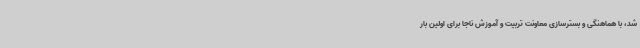
شد، با هماهنگی و بسترسازی معاونت تربیت و آموزش ناجا برای اولین بار